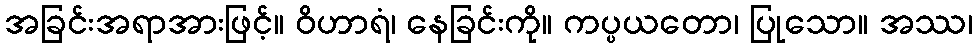
အခြင်းအရာအားဖြင့်။ ဝိဟာရံ၊ နေခြင်းကို။ ကပ္ပယတော၊ ပြုသော။ အဿ၊